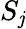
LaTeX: S_{\mathit{j}}